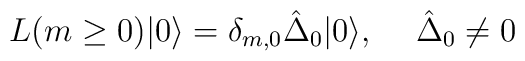
L(m\geq 0)|0\rangle=\delta_{m,0}\hat{\Delta}_0|0\rangle,\hspace{.2in}\hat{\Delta}_0\neq 0